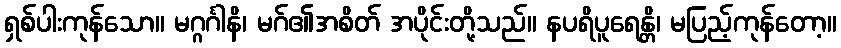
ရှစ်ပါးကုန်သော။ မဂ္ဂင်္ဂါနိ၊ မဂ်၏အစိတ် အပိုင်းတို့သည်။ နပရိပူရေန္တိ၊ မပြည့်ကုန်တော့။